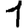
Digit: 1